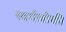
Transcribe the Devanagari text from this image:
स्वर्गलोकी